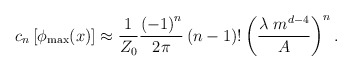
\begin{align*}c_n \left[ \phi_{{\rm max}} (x) \right] \approx {1 \over Z_0} { \left( -1 \right)^n \over 2 \pi}\left( n - 1 \right) ! \left( {\lambda \ m^{d-4} \over A} \right)^n.\end{align*}